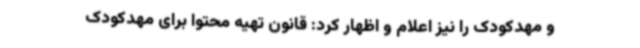
و مهدکودک را نیز اعلام و اظهار کرد: قانون تهیه محتوا برای مهدکودک